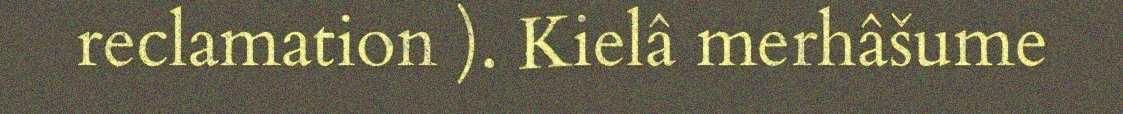
reclamation ). Kielâ merhâšume